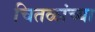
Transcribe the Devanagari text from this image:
चितळांच्या